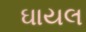
ઘાયલ